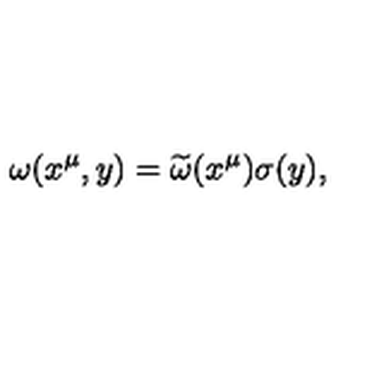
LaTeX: \omega ( x ^ { \mu } , y ) = { \widetilde \omega } ( x ^ { \mu } ) \sigma ( y ) ,